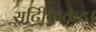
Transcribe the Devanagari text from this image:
सर्टिफिकेट।